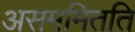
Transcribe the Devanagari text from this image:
असममितति